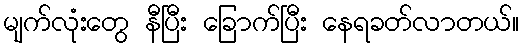
မျက်လုံးတွေ နီပြီး ခြောက်ပြီး နေရခတ်လာတယ်။